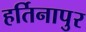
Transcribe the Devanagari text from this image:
हर्तिनापुर